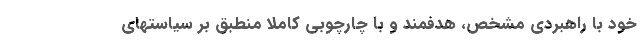
خود با راهبردی مشخص، هدفمند و با چارچوبی کاملاً منطبق بر سیاستهای